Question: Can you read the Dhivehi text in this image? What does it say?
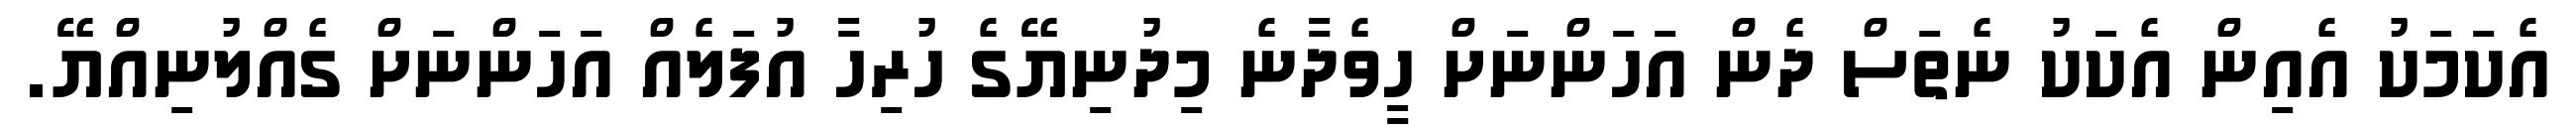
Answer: އެކަމަކު އެއިން އެކަކު ނެތަސް ދެން އަހަންނަށް ހީވެދާނެ މިދުނިޔޭގެ ހުރިހާ އުފަލެއް އަހަންނަށް ގެއްލުނިއްޔޭ.